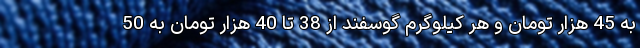
به 45 هزار تومان و هر کیلوگرم گوسفند از 38 تا 40 هزار تومان به 50